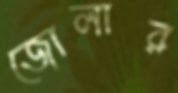
জোলার